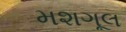
મશગૂલ